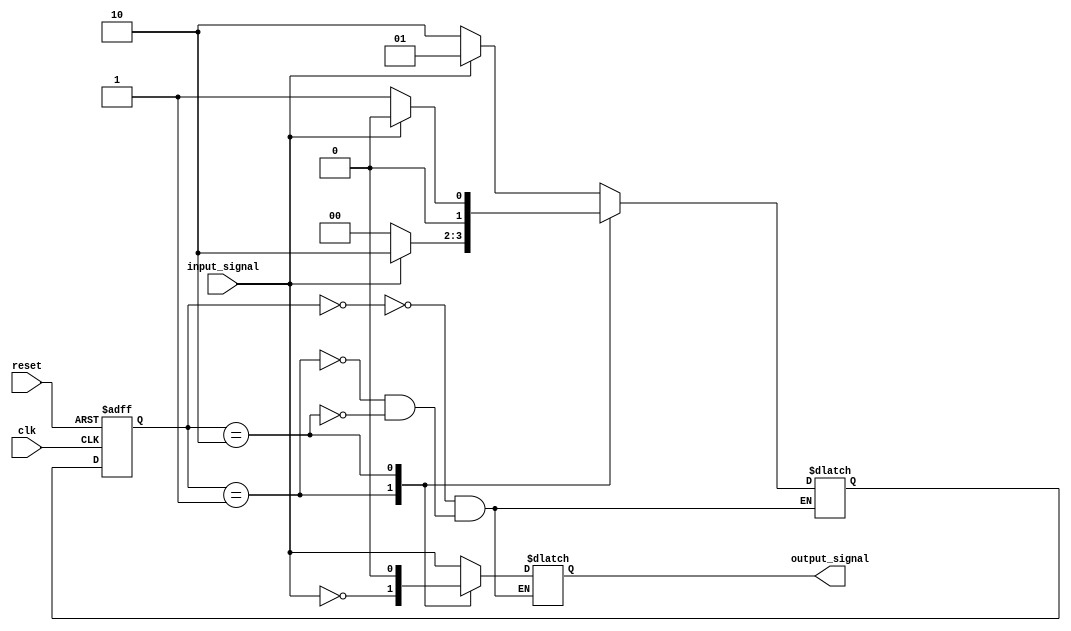
module MealyStateMachine (
    input clk,
    input reset,
    input input_signal,
    output reg output_signal
);

// Define states
parameter STATE_A = 2'b00;
parameter STATE_B = 2'b01;
parameter STATE_C = 2'b10;

// Define state register
reg [1:0] current_state, next_state;

// Define state transition logic
always @ (posedge clk or posedge reset) begin
    if (reset) begin
        current_state <= STATE_A;
    end else begin
        current_state <= next_state;
    end
end

// Define next state logic
always @* begin
    case (current_state)
        STATE_A: begin
            if (input_signal) begin
                next_state = STATE_B;
            end else begin
                next_state = STATE_C;
            end
        end
        STATE_B: begin
            if (input_signal) begin
                next_state = STATE_C;
            end else begin
                next_state = STATE_A;
            end
        end
        STATE_C: begin
            if (input_signal) begin
                next_state = STATE_A;
            end else begin
                next_state = STATE_B;
            end
        end
    endcase
end

// Define output logic
always @* begin
    case (current_state)
        STATE_A: begin
            output_signal = input_signal;
        end
        STATE_B: begin
            output_signal = ~input_signal;
        end
        STATE_C: begin
            output_signal = 1'b0;
        end
    endcase
end

endmodule